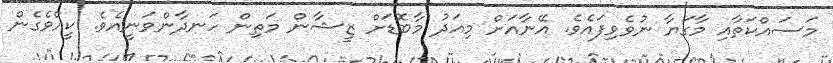
މަސައްކަތާއި މާގަޔާ ނުވެވިފައެވެ. އޭނާއަށް މިއަދު މާބޮޑަށް ޒީޝާން މަތިން ހަނދާންވަނީއެވެ. ކީއްވެގެން